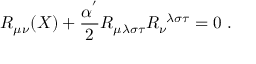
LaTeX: R _ { \mu \nu } ( X ) + \frac { \alpha ^ { ' } } { 2 } R _ { \mu \lambda \sigma \tau } R _ { \nu } ^ { \; \; \lambda \sigma \tau } = 0 \; .